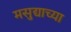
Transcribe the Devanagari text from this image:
मसुद्याच्या